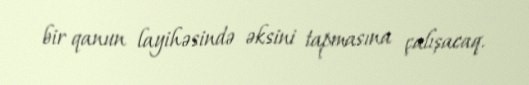
bir qanun layihəsində əksini tapmasına çalışacaq.